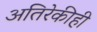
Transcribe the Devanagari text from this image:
अतिरेकीही